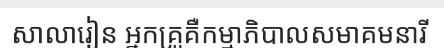
សាលារៀន អ្នកគ្រូគឺកម្មាភិបាលសមាគមនារី